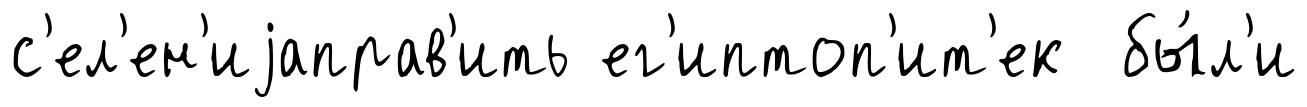
с'ел'ен'иjаправ'ить ег'иптоп'ит'ек бы́л'и